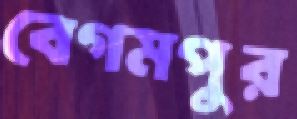
বেগমপুর